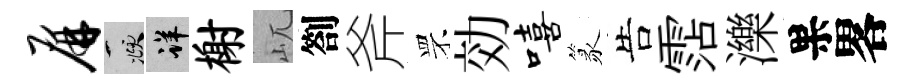
屏頫详榭屼劄斧罘効嘻篆告霑濼果畧